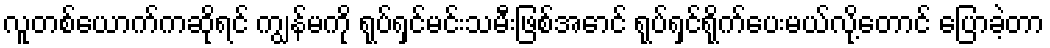
လူတစ်ယောက်ကဆိုရင် ကျွန်မကို ရုပ်ရှင်မင်းသမီးဖြစ်အောင် ရုပ်ရှင်ရိုက်ပေးမယ်လို့တောင် ပြောခဲ့တာ